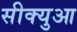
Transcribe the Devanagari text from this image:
सीक्युआ